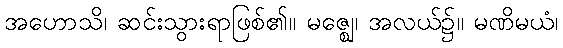
အဟောသိ၊ ဆင်းသွားရာဖြစ်၏။ မဇ္ဈေ၊ အလယ်၌။ မဏိမယံ၊